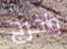
واخرج